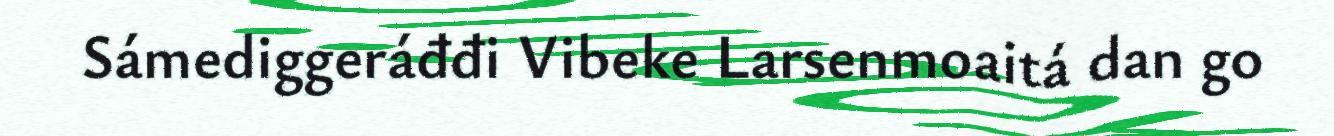
Sámediggeráđđi Vibeke Larsenmoaitá dan go